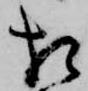
相